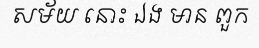
សម័យ នោះ ឯង មាន ពួក